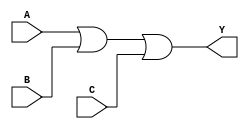
module comb_logic_or(
    input A,
    input B,
    input C,
    output Y
);

assign Y = A | B | C;

endmodule